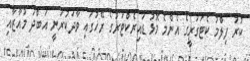
ކުރު ފިލްމު ކެޓަގަރީގެ އެންމެ މޮޅު ޑައިރެކްޓަރުގެ ރޭހުގައި ވާދަކުރަނީ އަބްދު މުއާޒާއި